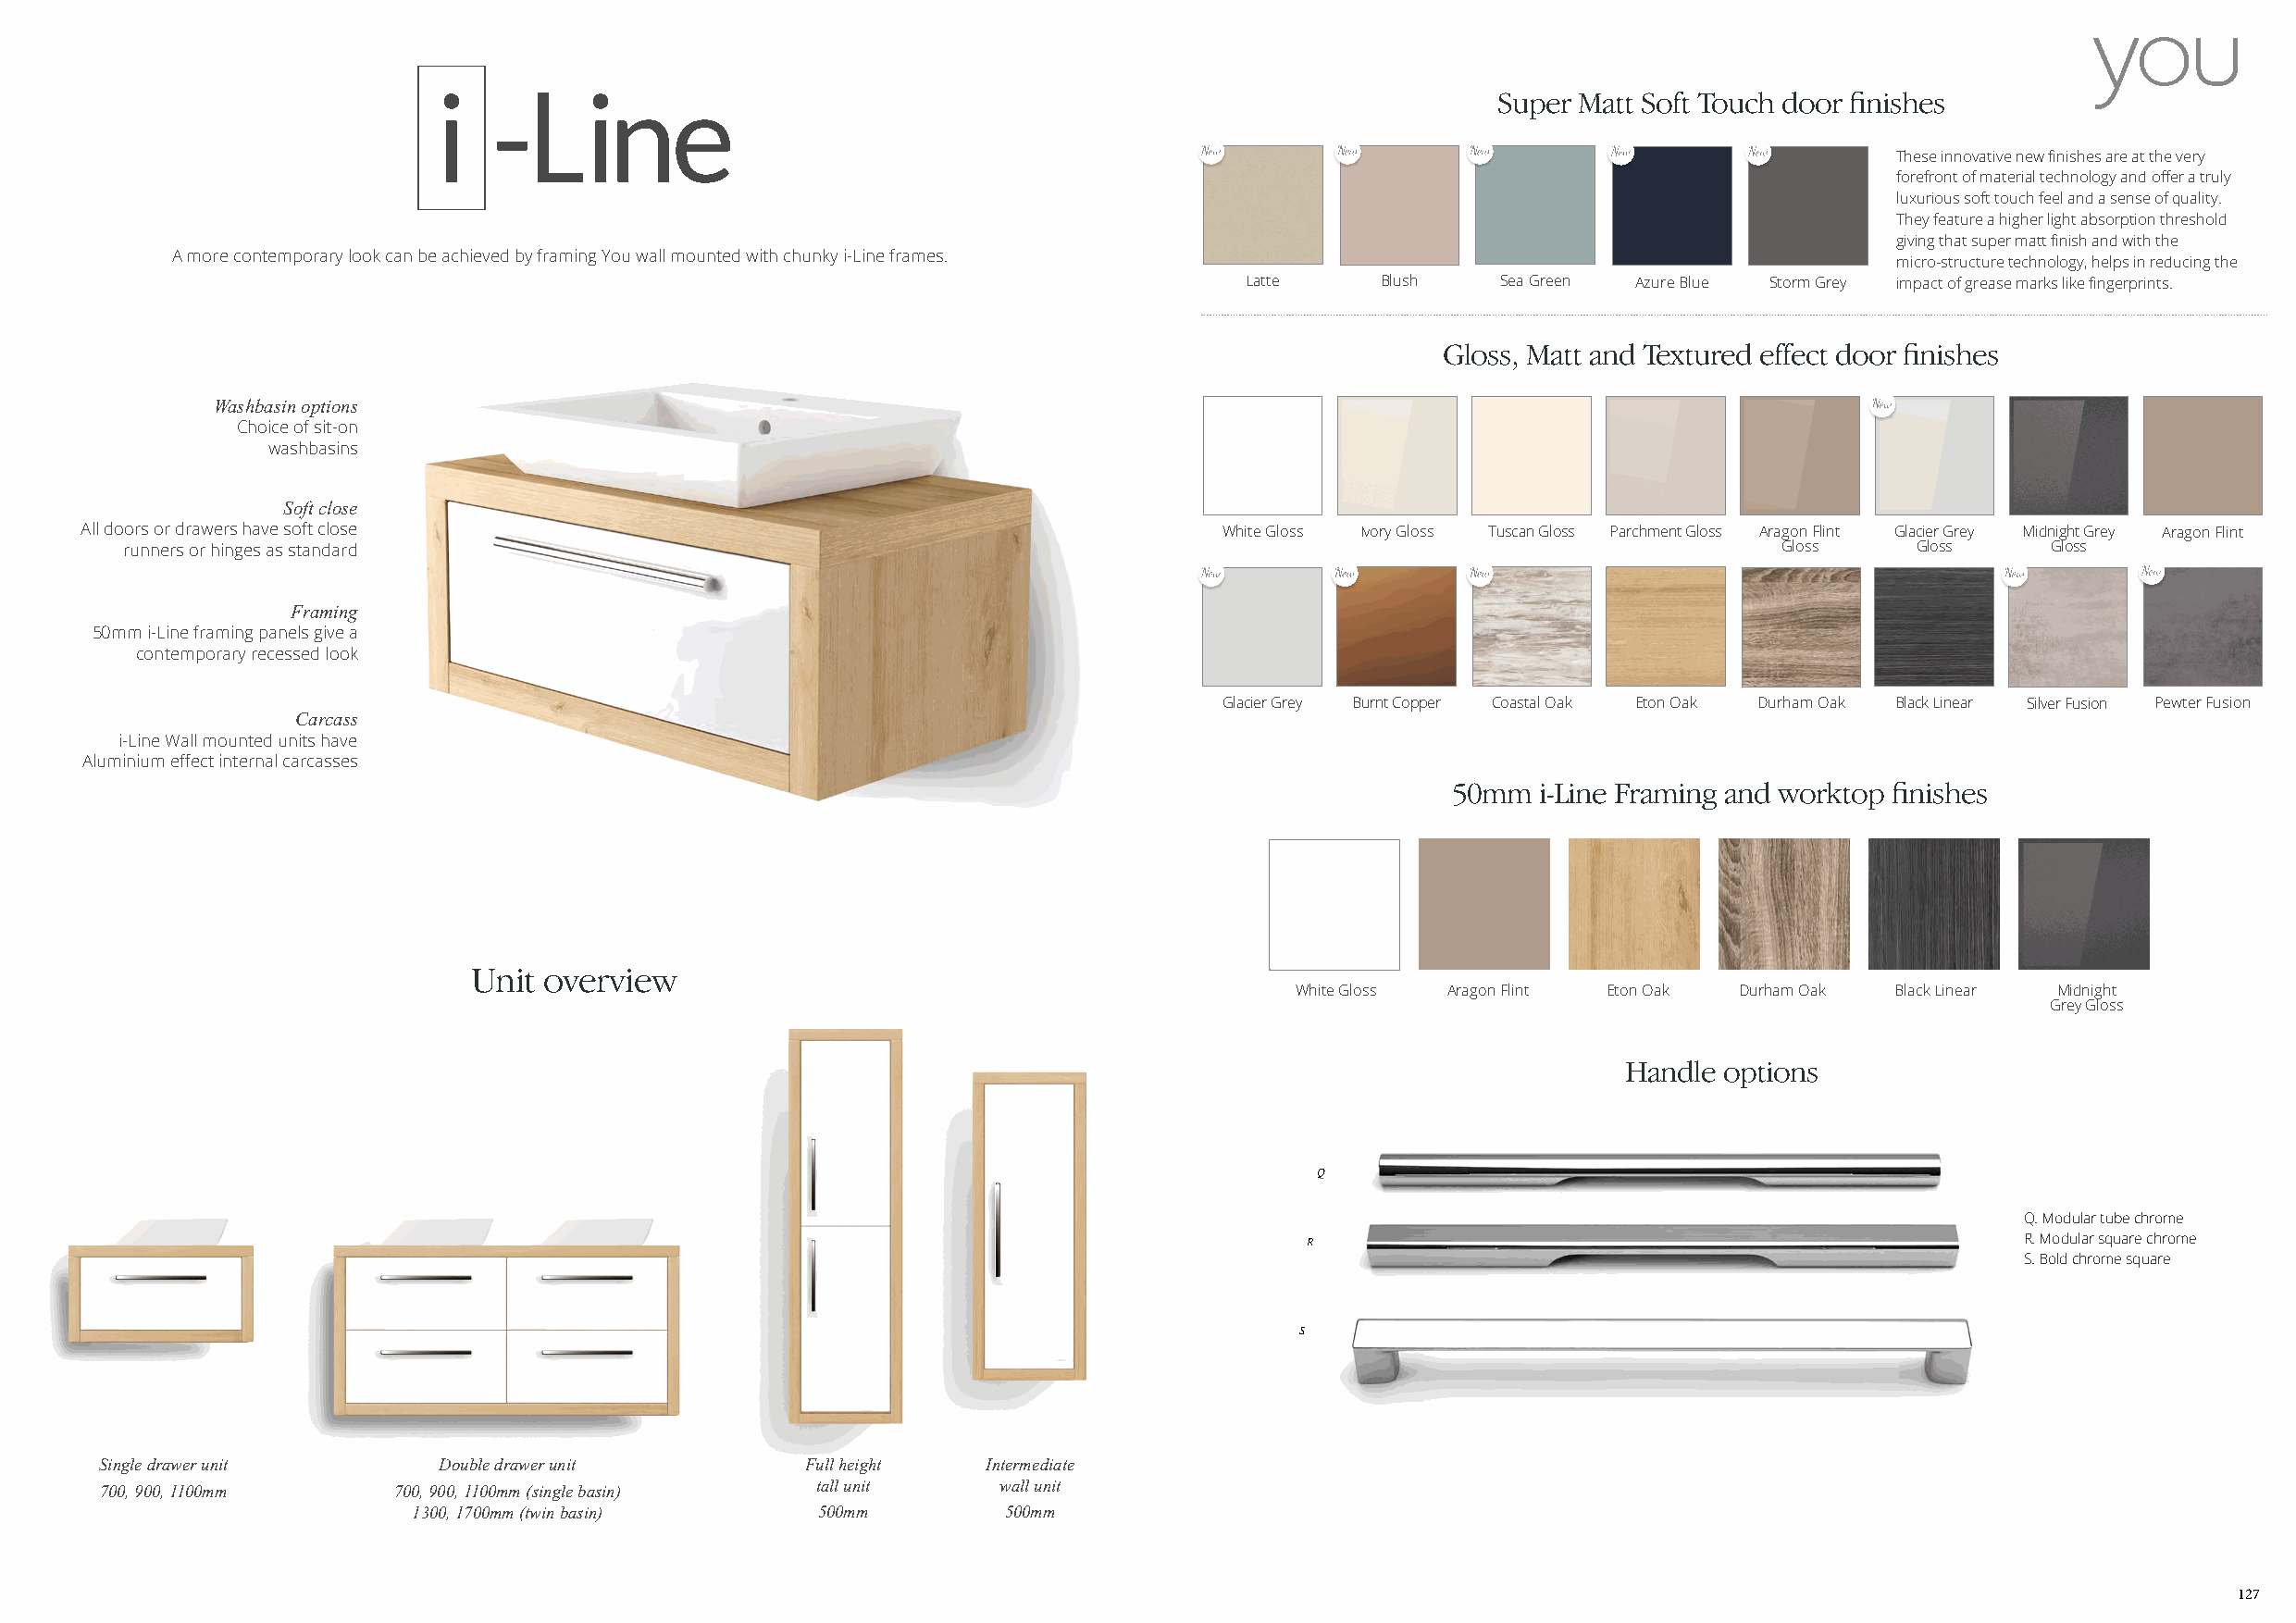
Super Matt Soft Touch door finishes
 These innovative new finishes are at the very
 forefront of material technology and offer a truly
 luxurious soft touch feel and a sense of quality.
 They feature a higher light absorption threshold
 giving that super matt finish and with the
 A more contemporary look can be achieved by framing You wall mounted with chunky i-Line frames.
 micro-structure technology, helps in reducing the
 Latte     Blush   Sea Green Azure Blue Storm Grey impact of grease marks like fingerprints.
 Gloss, Matt and Textured effect door finishes
 Washbasin options
 Choice of sit-on
 washbasins
 Soft close
 All doors or drawers have soft close                                             White Gloss Ivory Gloss Tuscan Gloss Parchment Gloss Aragon Flint Glacier Grey Midnight Grey Aragon Flint
 runners or hinges as standard                                                                                         Gloss     Gloss     Gloss
 Framing
 50mm i-Line framing panels give a
 contemporary recessed look
 Glacier Grey Burnt Copper Coastal Oak Eton Oak Durham Oak Black Linear Silver Fusion Pewter Fusion
 Carcass
 i-Line Wall mounted units have
 Aluminium effect internal carcasses
 50mm  i-Line Framing and worktop finishes
 Unit overview
 White Gloss Aragon Flint Eton Oak Durham Oak Black Linear Midnight
 Grey Gloss
 Handle options
 Q
 Q. Modular tube chrome
 R                                                   R. Modular square chrome
 S. Bold chrome square
 S
 Single drawer unit      Double drawer unit         Full height  Intermediate
 700, 900, 1100mm     700, 900, 1100mm (single basin) tall unit   wall unit
 1300, 1700mm (twin basin)    500mm         500mm
 127